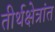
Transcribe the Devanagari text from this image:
तीर्थक्षेत्रांत